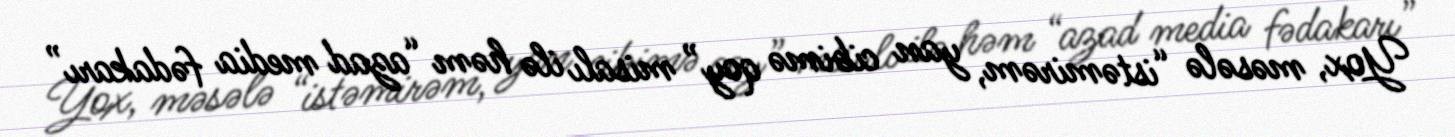
Yox, məsələ “istəmirəm, yan cibimə qoy” misalı ilə həm “azad media fədakarı”